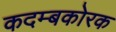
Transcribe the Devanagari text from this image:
कदम्बकोरक